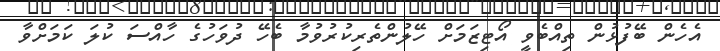
އެހެން ބޭފުޅުން ތިއްބެވީ އޯޓިޒަމަށް ހޭލުންތެރިކުރުވުމާ ބެހޭ ދުވަހުގެ ހާއްސަ ކުލަ ކަމަށްވާ